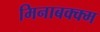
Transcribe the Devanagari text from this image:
मिनाबक्क्म